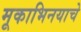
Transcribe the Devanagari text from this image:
मूकाभिनयाचे